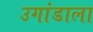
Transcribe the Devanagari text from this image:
उगांडाला